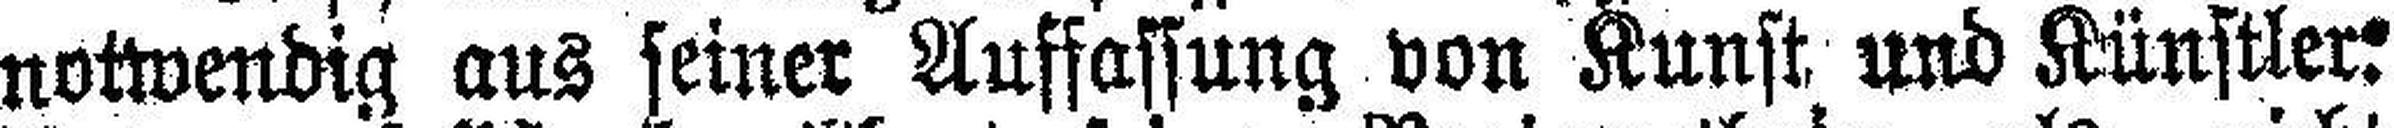
notwendig aus seiner Auffassung von Kunst und Künstler: